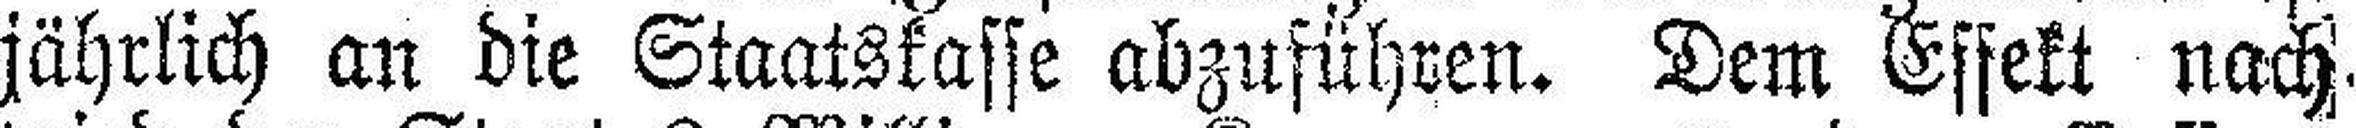
jährlich an die Staatskasse abzuführen. Dem Effekt nach